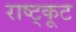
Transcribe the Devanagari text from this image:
राष्ट्कूट